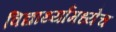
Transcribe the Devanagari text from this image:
विद्यार्थ्यांमध्येच